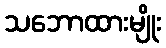
သဘောထားမျိုး